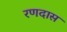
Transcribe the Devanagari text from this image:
रणदास